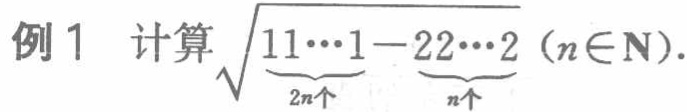
例1 计算\(\sqrt{\underbrace{11\cdots1}_{2n个}-\underbrace{22\cdots2}_{n个}}(n\in\mathbf{N})\).